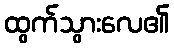
ထွက်သွားလေ၏